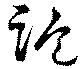
詭